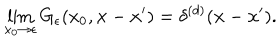
\lim _ { x _ { 0 } \to \epsilon } G _ { \epsilon } ( x _ { 0 } , { \bf x } - { \bf x } ^ { \prime } ) = \delta ^ { ( d ) } ( { \bf x } - { \bf x } ^ { \prime } ) .